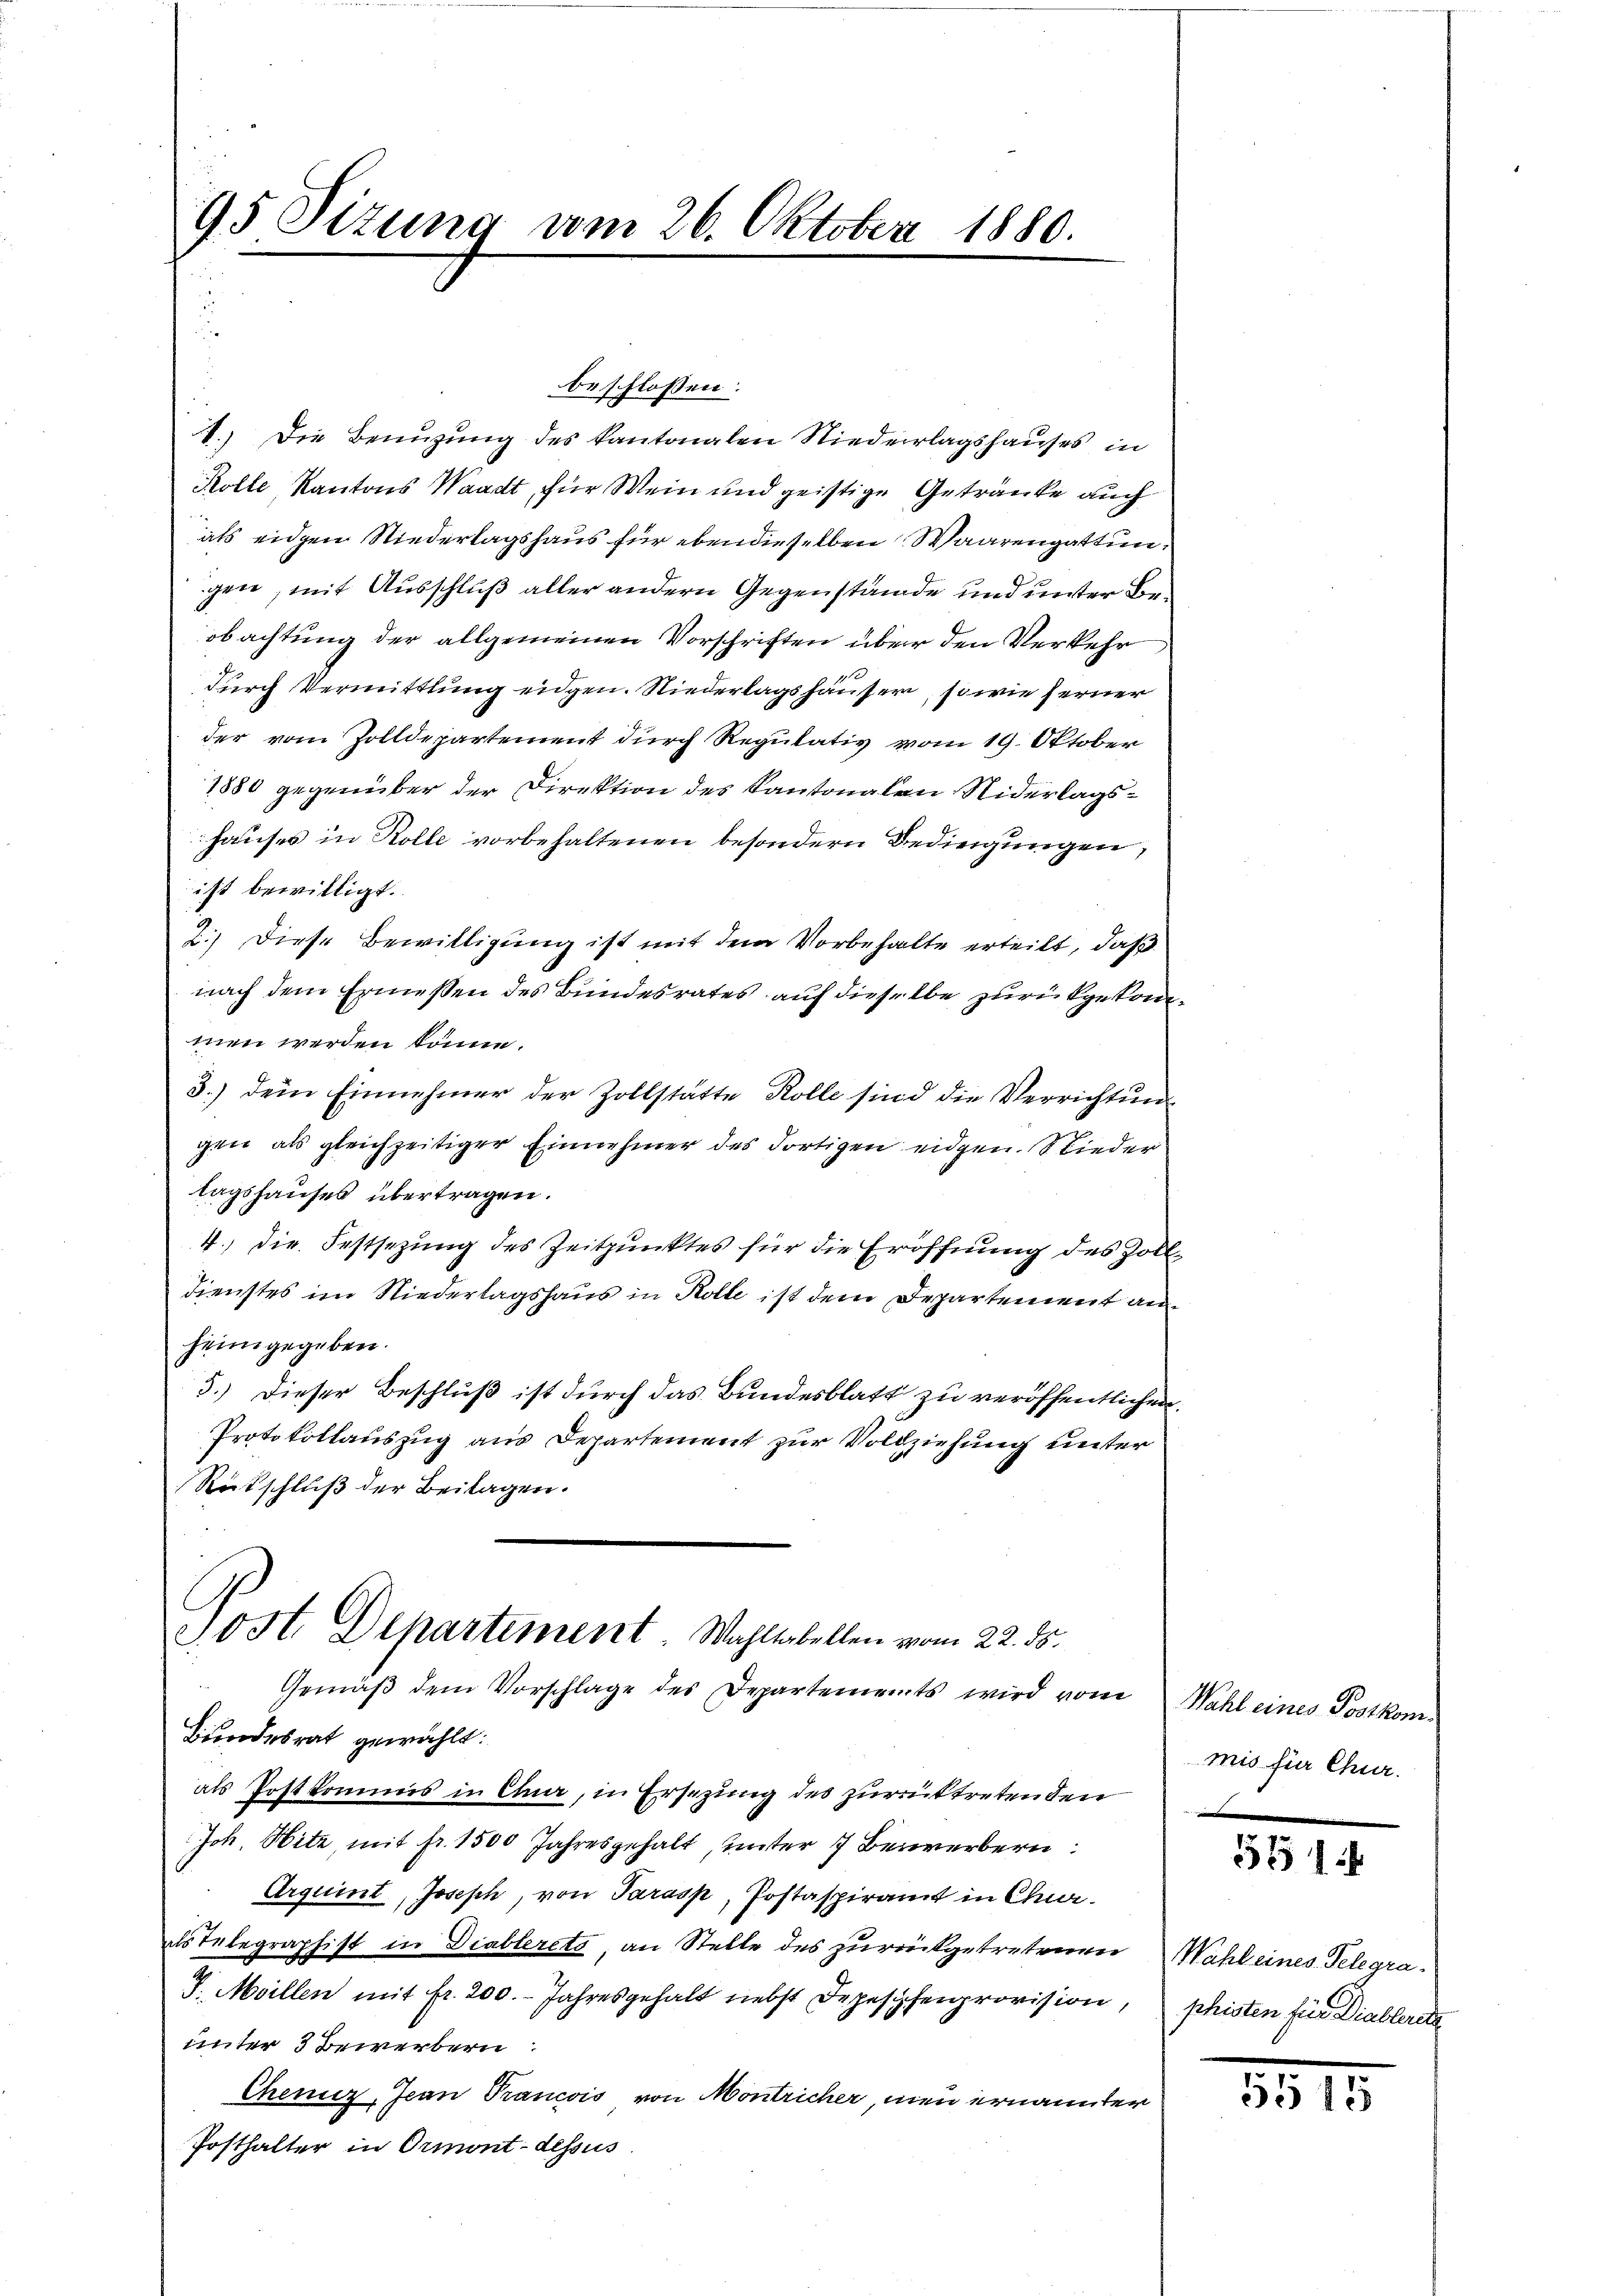
95 Sizung vom 26. Oktober 1880.
2

beschlossen:
1.) Die Benuzung des Kantonalen Niederlagshauses in
Kolle, Kantons Waadt, für Wein und geistige Getränke auch
als eidgen Niederlagshaus für ebendieselben Waarengattungen, mit Ausschluß aller andern Gegenstände und unter Beobachtung der allgemeinen Vorschriften über den Verkehr
durch Vermittlung eidgen. Niederlagshäusern, sowie ferner
der vom Zolldepartement durch Regulativ vom 19. Oktober
1880 gegenüber der Direktion des Kantonalen Niderlagshauses in Rolle vorbehaltenen besondern Bedingungen,
ist bewilligt.
2.) Diese Bewilligung ist mit dem Vorbehalte erteilt, daß
nach dem Ermessen des Bundesrates auf dieselbe zurükgekommen werden könne.
3.) Dein Einnehmer der Zollstätte Rolle sind die Verrichtun
gen als gleichzeitiger Einnehmer des dortigen eidgen. Wieder
lagshauses übertragen.
4.) Die Festsezung des Zeitpunktes für die Eröffnung des Zoll-
dienstes im Niederlagshaus in Kolle ist dem Departement anheimgegeben.
3.) Dieser Beschluß ist durch das Bundesblatt zu veröffentlichen
Protokollauszug aus Departement zur Vollziehung unter
Rutschluß der Beilagen.
Post. Departement Wahltabellen vom 22. ds.
Gemäβ dem Vorschlage des Departements wird vom
Bundesrat gewählt:
als Postkommis in Chur, in Ersezung des zurücktretenden
Joh. Hitz, mit fr. 1500 Jahresgehalt, unter 7 Bewerbern:
Arquint, Joseph, von Parasp, Postaspiramt in Char
als Telegraphist in Diablerete, an Stelle des zurückgetretenen Wahl eines Telegra¬
J. Meillen mit fr. 200. Jahresgehalt nebst Depeschenprovision, phisten für Diablerete
unter 3 Bewerbern
Cheniz, Jean Prancois von Montricher, neu ernannter
Posthalter in Ormont-dessus

Wahl eines Postkommis für Chur.

551

5515